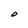
Character: O